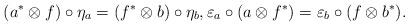
LaTeX: \begin{align*} (a^\ast\otimes f)\circ \eta_a = (f^\ast\otimes b)\circ \eta_b, \varepsilon_a\circ (a\otimes f^{\ast}) = \varepsilon_b\circ (f\otimes b^\ast).\end{align*}